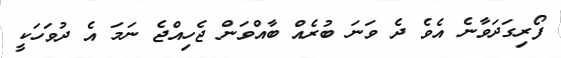
ފޯރިގަދަވާނެ އެވެ ދެ ވަނަ ބުރެއް ބާއްވަން ޖެހިއްޖެ ނަމަ އެ ދުވަހަކީ